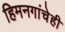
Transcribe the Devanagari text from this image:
हिमनगांचेही